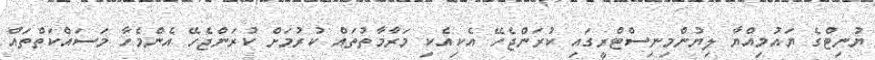
ޔުނިޓްގެ ޔައުމިއްޔާ ލިޔުންމިނިސްޓްރީގައި ކުރަންޖެހޭ އެކިއެކި މަރާމާތުތައް ކުރުމަށް ކުރަންޖެހޭ އެންމެހާ މަސައްކަތްތައް